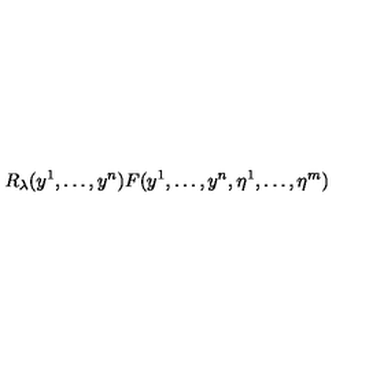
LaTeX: R _ { \lambda } ( y ^ { 1 } , \dots , y ^ { n } ) F ( y ^ { 1 } , \dots , y ^ { n } , \eta ^ { 1 } , \dots , \eta ^ { m } )